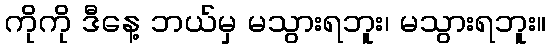
ကိုကို ဒီနေ့ ဘယ်မှ မသွားရဘူး၊ မသွားရဘူး။